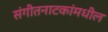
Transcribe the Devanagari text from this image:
संगीतनाटकांमधील